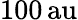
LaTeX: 100{\mathrm{\, au}}